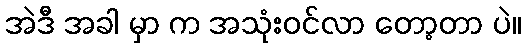
အဲဒီ အခါ မှာ က အသုံးဝင်လာ တော့တာ ပဲ။